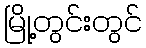
မြို့တွင်းတွင်